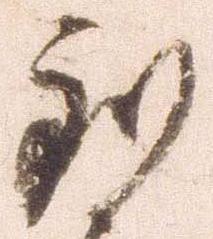
到